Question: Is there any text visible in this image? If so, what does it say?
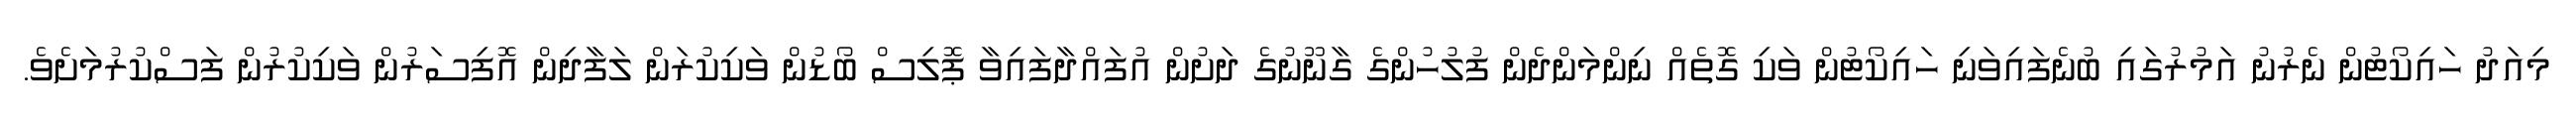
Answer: މިއަދު ހައިކޯޓުން ނެރުނު އަމުރުގައި ބުނެފައިވަނި ހައިކޯޓުން ވަކި ގޮތެއް ނިންމަންދެން ފުލުހުންގެ ގާނޫނުގެ ދަށުން އުފައްދާފައިވާ ޕޮލިސް ބޯޑުން ވަކިކުރަން ލަފާދިން އޮފިސަރުން ވަކިކުރުން ފަސްކުރުމަށެވެ.